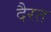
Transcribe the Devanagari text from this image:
दैरत